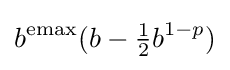
b^{\text{emax}}(b-{\tfrac {1}{2}}b^{1-p})